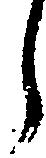
ら